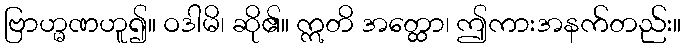
ဗြာဟ္မဏဟူ၍။ ဝဒါမိ၊ ဆို၏။ ဣတိ အတ္ထော၊ ဤကားအနက်တည်း။